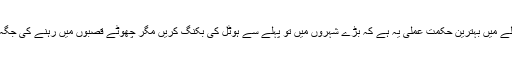
ہوٹل کے انتظام کے سلسلے میں بہترین حکمت عملی یہ ہے کہ بڑے شہروں میں تو پہلے سے ہوٹل کی بکنگ کریں مگر چھوٹے قصبوں میں رہنے کی جگہ وہیں جا کر تلاش کریں۔